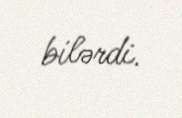
bilərdi.